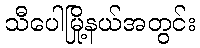
သီပေါမြို့နယ်အတွင်း